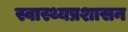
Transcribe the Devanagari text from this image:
स्वास्थ्यप्रशासन